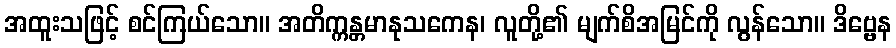
အထူးသဖြင့် စင်ကြယ်သော။ အတိက္ကန္တမာနုသကေန၊ လူတို့၏ မျက်စိအမြင်ကို လွန်သော။ ဒိဗ္ဗေန